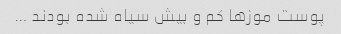
پوست موزها کم و بیش سیاه شده بودند …